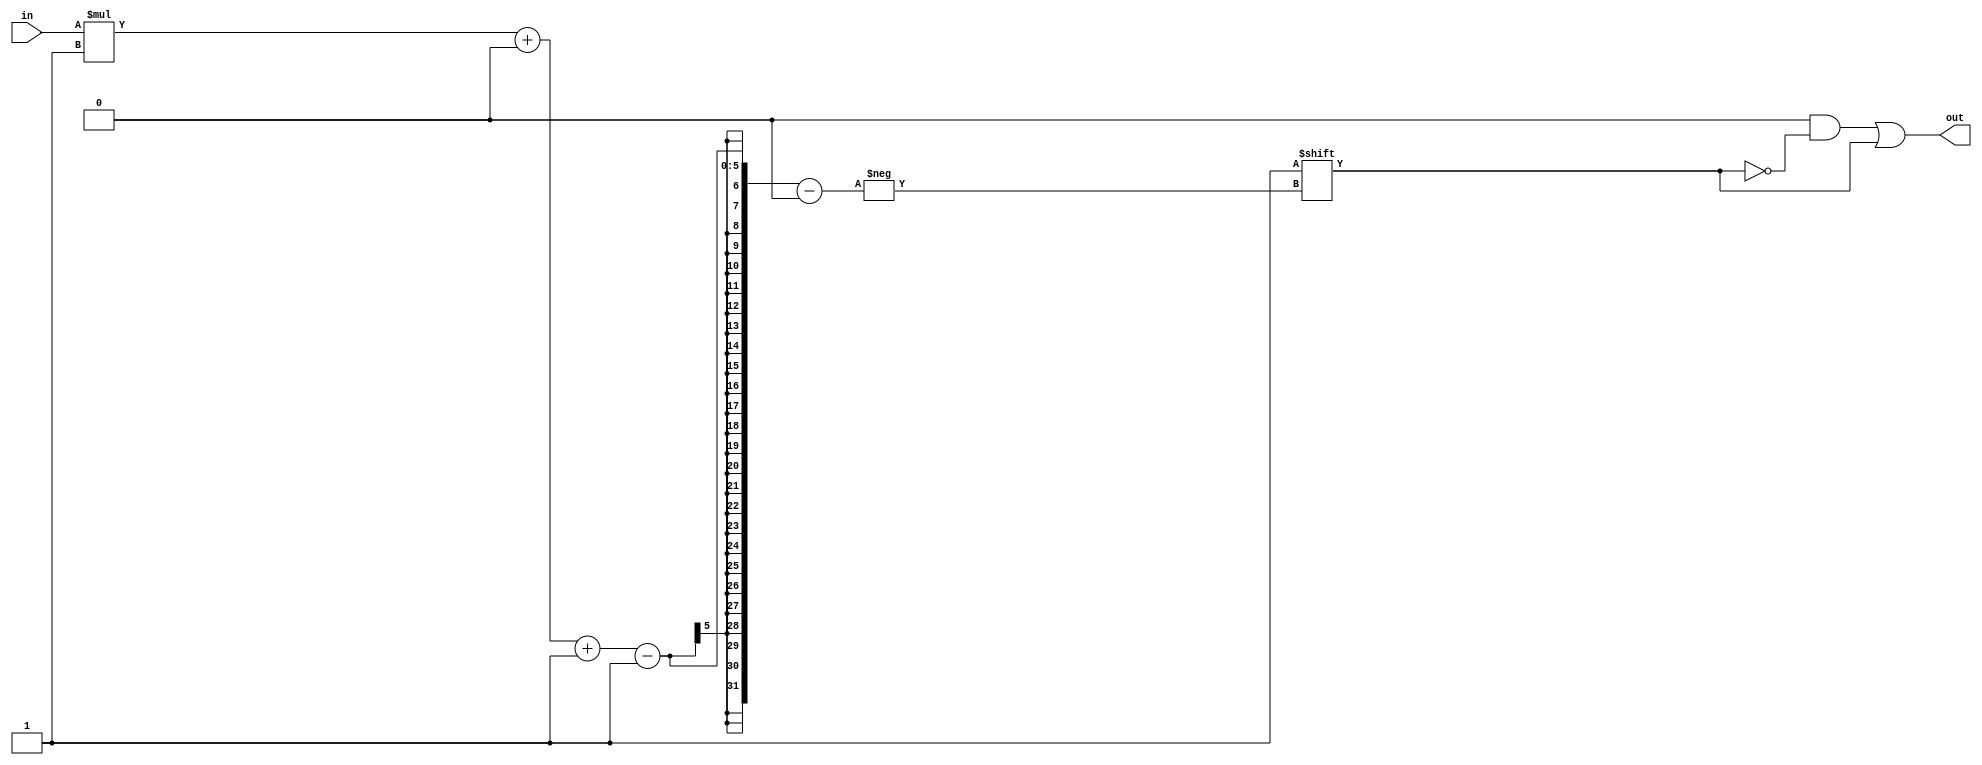
/*
   This file was generated automatically by Alchitry Labs version 1.2.7.
   Do not edit this file directly. Instead edit the original Lucid source.
   This is a temporary file and any changes made to it will be destroyed.
*/

/*
   Parameters:
     WIDTH = DIGIT_BITS
*/
module decoder_17 (
    input [1:0] in,
    output reg [3:0] out
  );
  
  localparam WIDTH = 2'h2;
  
  
  always @* begin
    out = 1'h0;
    out[(in)*1+0-:1] = 1'h1;
  end
endmodule